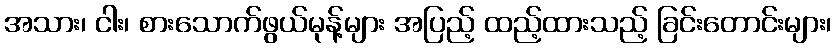
အသား၊ ငါး၊ စားသောက်ဖွယ်မုန့်များ အပြည့် ထည့်ထားသည့် ခြင်းတောင်းများ၊